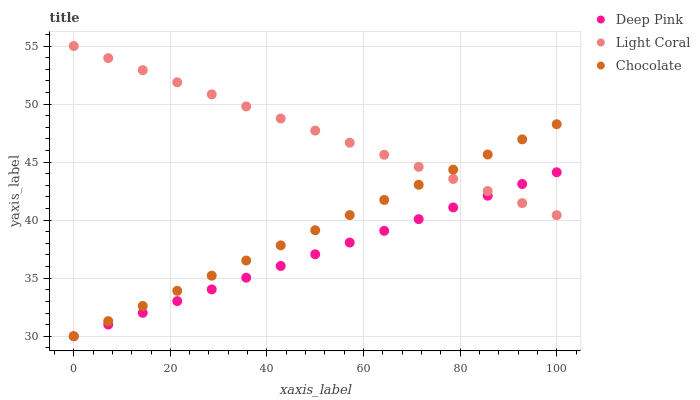
| xaxis_label | Deep Pink | Light Coral | Chocolate |
 | --- | --- | --- | --- |
 | 0 | 30 | 55 | 30 |
 | 7.14 | 31 | 54 | 31.3 |
 | 14.3 | 32 | 52.9 | 32.6 |
 | 21.4 | 33 | 51.9 | 33.9 |
 | 28.6 | 34 | 50.8 | 35.2 |
 | 35.7 | 35 | 49.8 | 36.5 |
 | 42.9 | 36.1 | 48.8 | 37.8 |
 | 50 | 37.1 | 47.7 | 39.1 |
 | 57.1 | 38.1 | 46.7 | 40.4 |
 | 64.3 | 39.1 | 45.6 | 41.7 |
 | 71.4 | 40.1 | 44.6 | 43 |
 | 78.6 | 41.1 | 43.6 | 44.3 |
 | 85.7 | 42.1 | 42.5 | 45.7 |
 | 92.9 | 43.1 | 41.5 | 47 |
 | 100 | 44.1 | 40.4 | 48.3 |